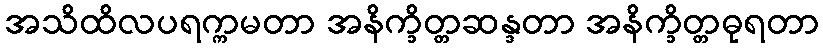
အသိထိလပရက္ကမတာ အနိက္ခိတ္တဆန္ဒတာ အနိက္ခိတ္တဓုရတာ